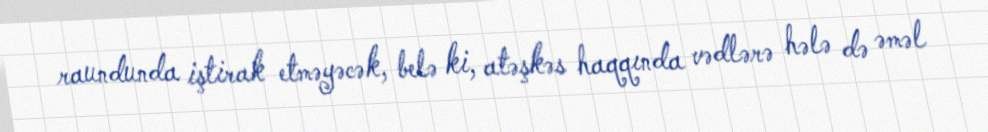
raundunda iştirak etməyəcək, belə ki, atəşkəs haqqında vədlərə hələ də əməl